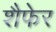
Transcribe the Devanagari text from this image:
शैफेर